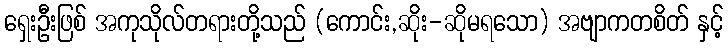
ရှေးဦးဖြစ် အကုသိုလ်တရားတို့သည် (ကောင်း,ဆိုး-ဆိုမရသော) အဗျာကတစိတ် နှင့်